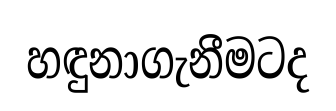
හඳුනාගැනීමටද